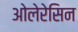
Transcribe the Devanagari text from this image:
ओलेरेसिन